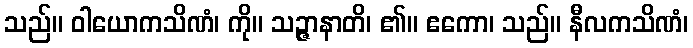
သည်။ ဝါယောကသိဏံ၊ ကို။ သဉ္ဇာနာတိ၊ ၏။ ဧကော၊ သည်။ နီလကသိဏံ၊